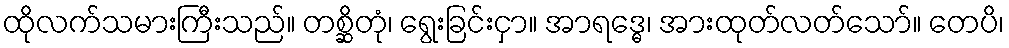
ထိုလက်သမားကြီးသည်။ တစ္ဆိတုံ၊ ရွေးခြင်းငှာ။ အာရဒ္ဓေ၊ အားထုတ်လတ်သော်။ တေပိ၊